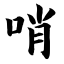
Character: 哨